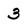
Character: 3